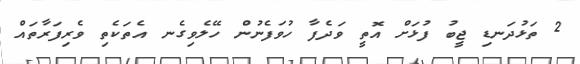
2 ތަޅުދަނޑި ޖީބު ފުޅަށް އޮތީ ވަދެފާ ހުވަފެނުން ހޭލެވިގެނ އެތަކެތި ވެރިފަރާތައް